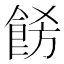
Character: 𩛙